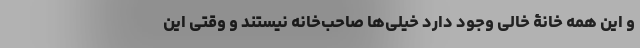
و این همه خانۀ خالی وجود دارد خیلی‌ها صاحب‌خانه نیستند و وقتی این